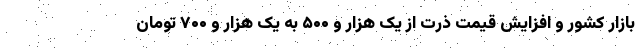
بازار کشور و افزایش قیمت ذرت از یک هزار و ۵۰۰ به یک هزار و ۷۰۰ تومان